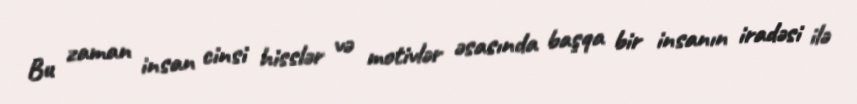
Bu zaman insan cinsi hisslər və motivlər əsasında başqa bir insanın iradəsi ilə